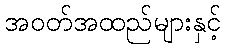
အဝတ်အထည်များနှင့်